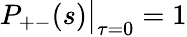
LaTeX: P_{+-}(s)\big|_{\tau=0}=1